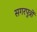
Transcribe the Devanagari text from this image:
सगरपुत्रों